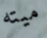
ميته